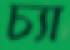
চ্যা